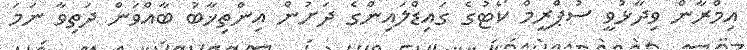
އިމްރާން ވިދާޅުވީ ސުޕްރީމް ކޯޓުގެ ގައިޑްލައިންގެ ދަށުން އިންތިޚާބު ބާއްވަން ދަތިވާ ނަމަ